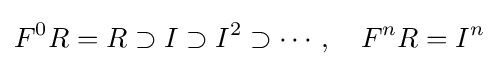
F^{0}R=R\supset I\supset I^{2}\supset \cdots ,\quad F^{n}R=I^{n}